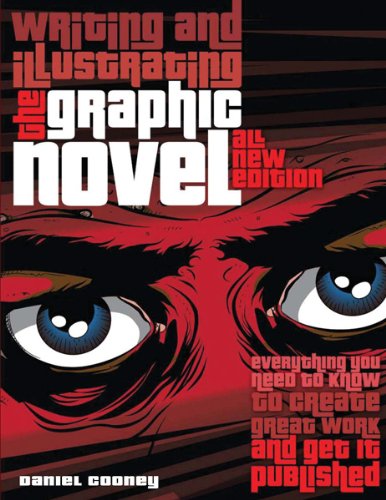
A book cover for Writing and Illustrating the Graphic Novel: Everything You Need to Know to Create Great Work and Get It Published; Daniel Cooney; Comics & Graphic Novels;